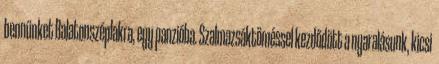
bennünket Balatonszéplakra, egy panzióba. Szalmazsáktöméssel kezdődött a nyaralásunk, kicsi